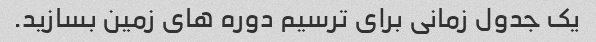
یک جدول زمانی برای ترسیم دوره های زمین بسازید.